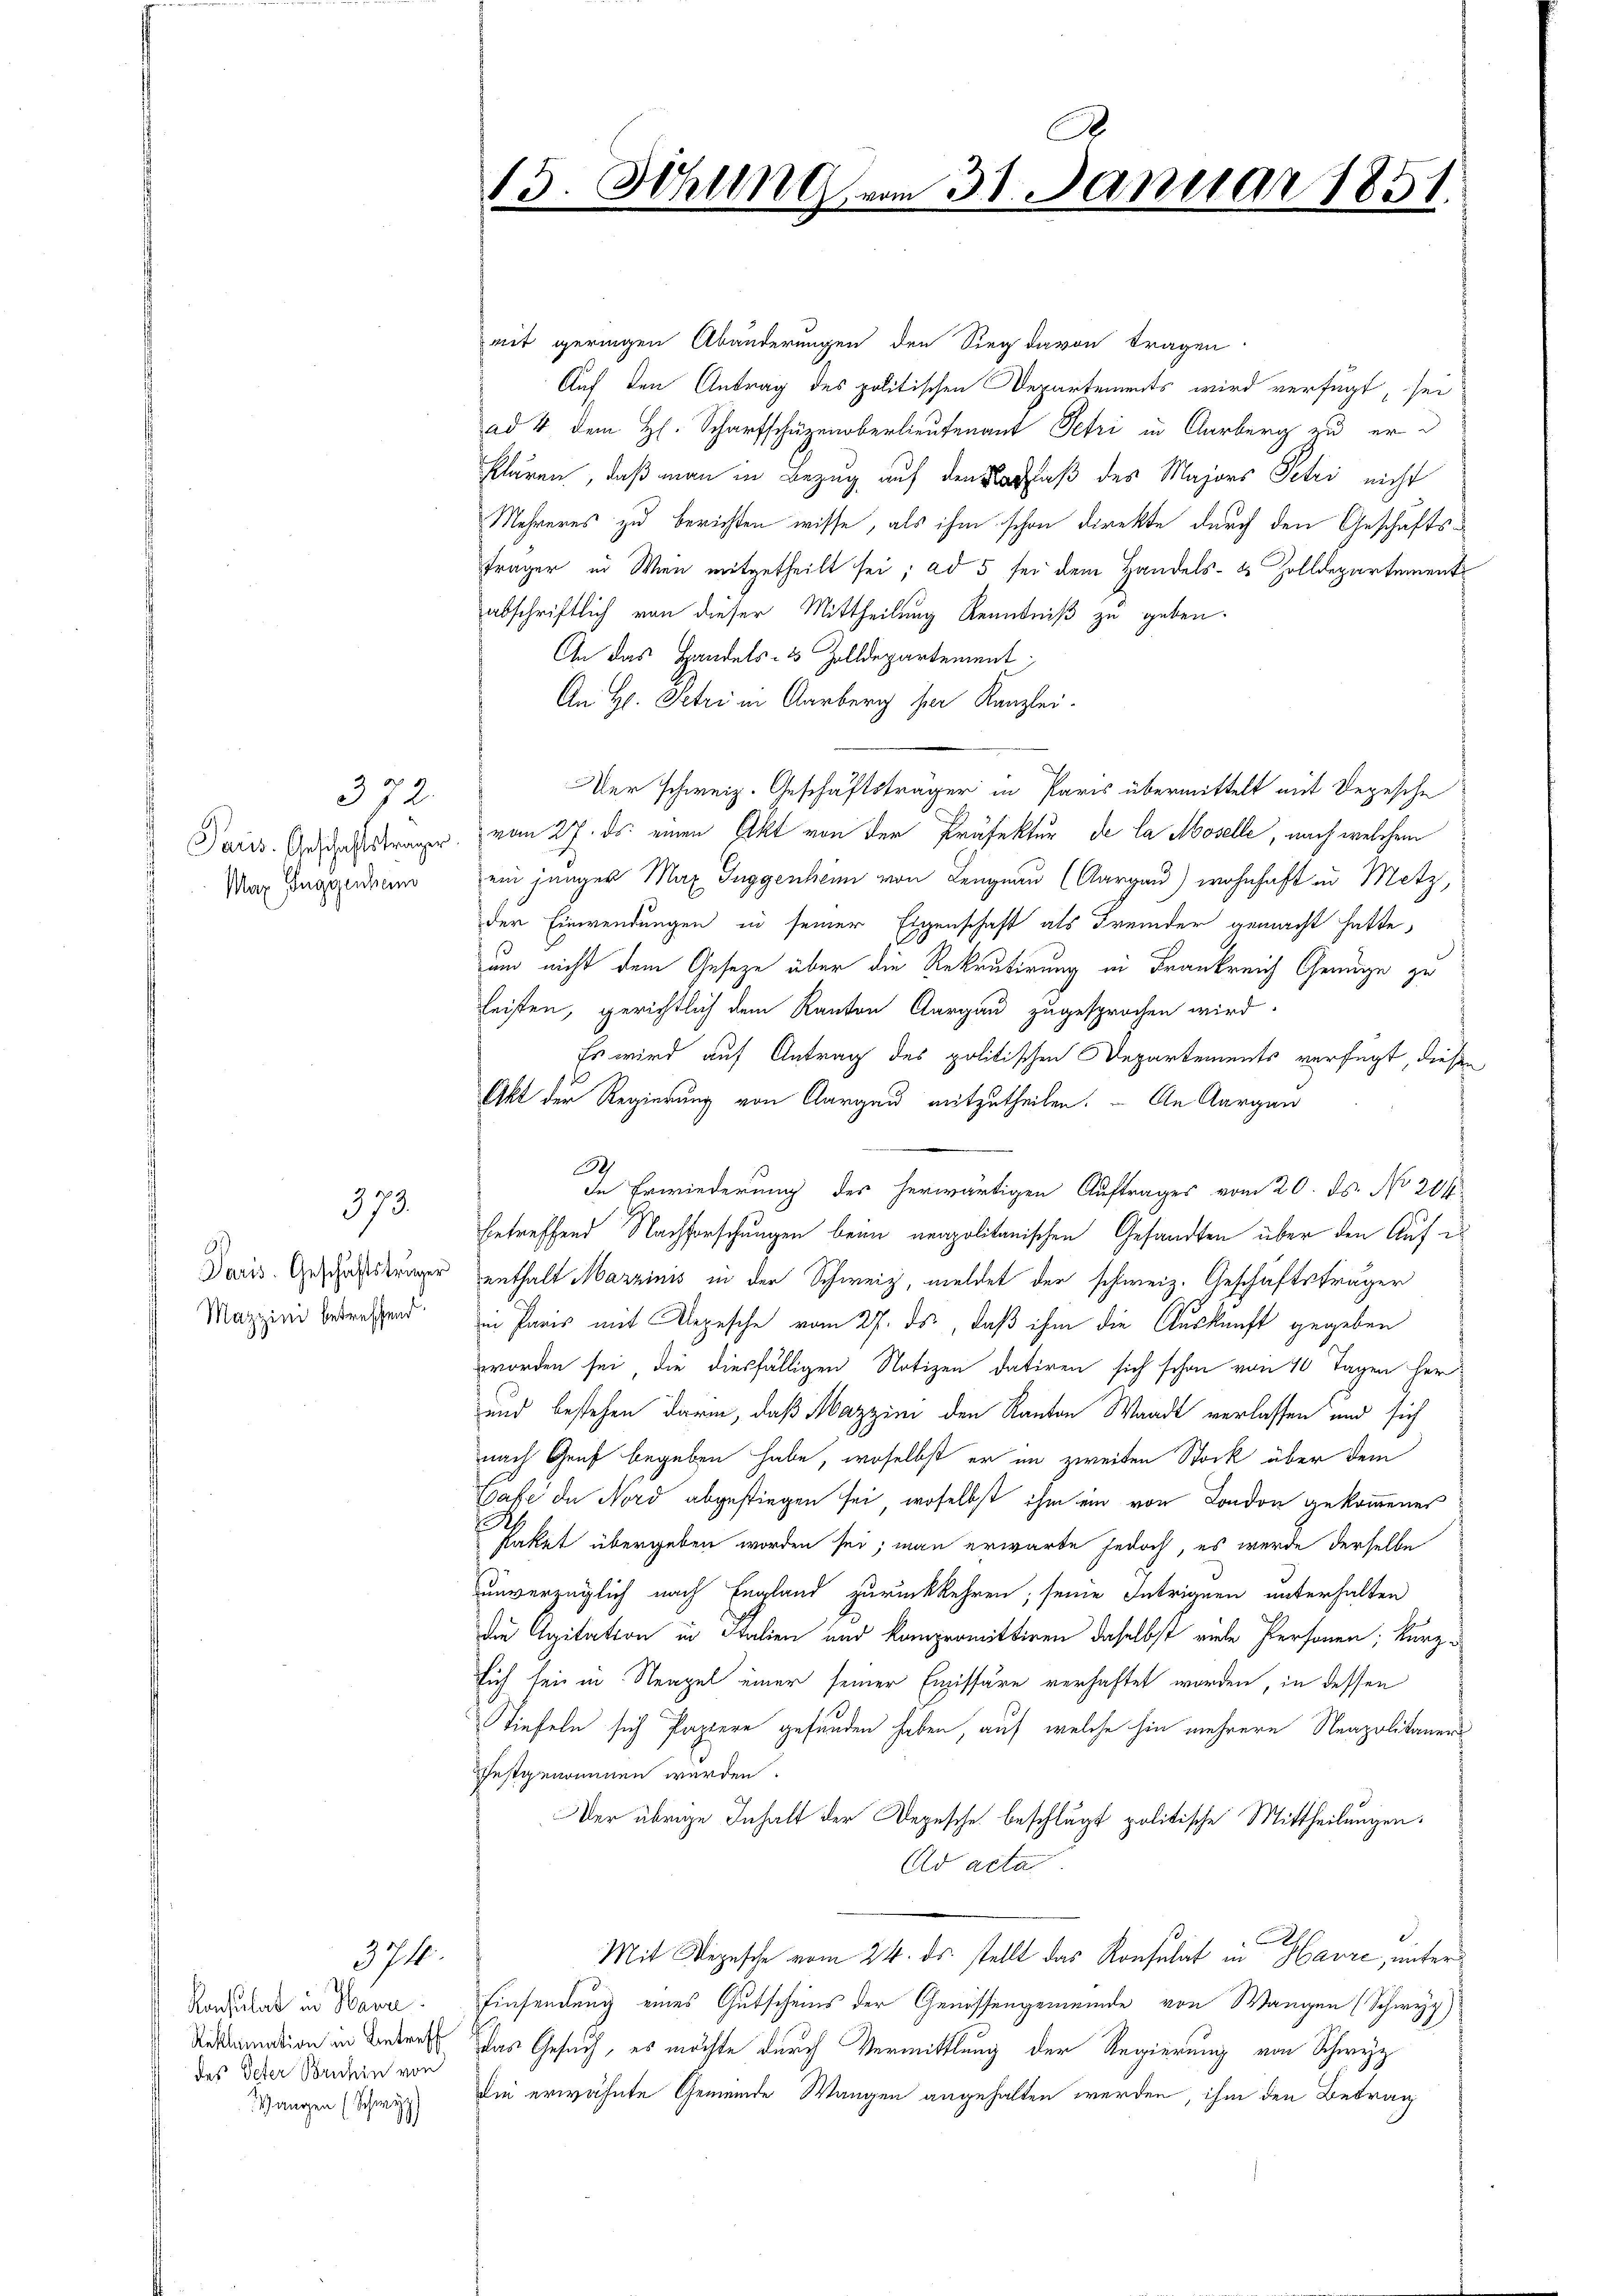
372
Paris. Geschäftsträger
Max Huggenham

Paris. Geschäftsträger
Mazzini betreffend

373.

374.

Konsulat in Hava
Reklamation in Betreff
des Peter Bruhin von
Wangen (Schwyz)

15. Sitzung vom 31. Januar 1851.

mit geringen Abänderungen den Sieg davon tragen
Auf den Antrag des politischen Departements wird verfügt, sei
ad 4 dem H. Scharfschüzenberlieutenant Petri in Aarberg zu er d
klären, daß man in Bezug auf den Nachlaß des Majors Petri nicht
Mehreres zu berichten wisse, als ihm schon direkte durch den Geschäftsfrager in Wien mitgetheilt sei; ad 5 sei dem Handels- & Zolldepartement
abschriftlich von dieser Mittheilung Renntniß zu geben.
An das Handels- & Zolldepartement
An Hr. Petri in Aarberg her Kanzlei-
Der schweiz. Geschäftsträger in Paris übermittelt mit Depesche
vom 27. ds. einen Akt von der Präfektur de la Moselle, nach welchem
ein jungen Max Guggenheim von Lengnau (Aargau) wohnhaft in Metz,
der Einwendungen in seiner Eigenschaft als Fremder gemacht hatte,
und nicht dem Gesetze über die Rekrutirung in Frankreich Genüge zu
leisten, gerichtlich dem Kanton Aargau zugesprochen wird.
Es wird auf Antrag des politischen Departements verfügt, diesen
Akt der Regierung von Aargau mitzutheilen. An Aargau
3
de Erwiederung des herwärtigen Auftrages vom 20. ds. No 201.
betreffend Nachforschungen beim neapolitanischen Gesandten über den Auf ei
enthalt Mazzinis in der Schweiz, meldet der schweiz. Geschäftsträger
in Paris mit Depesche vom 27. ds, daß ihm die Auskunft gegeben
worden sei, die diesfälligen Notizen datiren sich schon von 10 Tagen her¬
und bestehen darin, daß Mazzini den Kanton Waadt verlassen und sich
nach Graf begeben habe, woselbst er im zweiten Stock über dem
Caffe de Nord abgestiegen sei, woselbst ihm ein von London gekommenes
Paket übergeben worden sei; man erwarte jedoch, es wurde derselbe
unverzüglich nach England zurückkehren, seine Intriguen unterhalten
die Agitation in Italien und Kampermittiren daselbst viele Personen; kurzsich sei in Neapel einer seiner Emissäre verhaftet worden, in dessen
Tiefeln sich Papiere gefunden haben, auf welche hin mehrere Neapolitaners
festgenommen werden.
Der übrige Inhalt der Depesche beschlägt politische Mittheilungen.
Ad acta
I
Mit Depesche vom 24. ds. stellt das Konsulat in Havre, unter¬
Einsendung eines Gutscheins der Genossengemeinde von Wangen (Schwyz)
Das Gesuch, es möchte durch Vermittlung der Regierung von Schwyz
Die erwähnte Gemeinde Wangen angehalten werden, ihm den Betrag